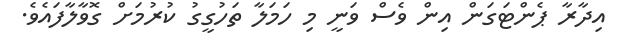
އިދާރާ ޕެންޓަގަން އިން ވެސް ވަނީ މި ހަމަލާ ތަހުގީގު ކުރުމަށް ގޮވާލާފައެވެ.